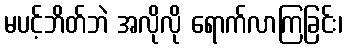
မပင့်ဘိတ်ဘဲ အလိုလို ရောက်လာကြခြင်း၊